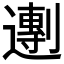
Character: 𬩒